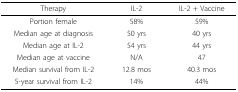
| Therapy | IL-2 | IL-2 + Vaccine |
 | --- | --- | --- |
 | Portion female | 58% | 59% |
 | Median age at diagnosis | 50 yrs | 40 yrs |
 | Median age at IL-2 | 54 yrs | 44 yrs |
 | Median age at vaccine | N/A | 47 |
 | Median survival from IL-2 | 12.8 mos | 40.3 mos |
 | 5-year survival from IL-2 | 14% | 44% |